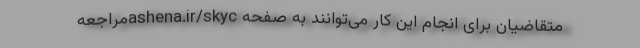
متقاضیان برای انجام این کار می‌توانند به صفحه ashena.ir/skycمراجعه